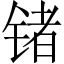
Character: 锗